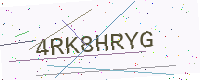
Text: 4RK8HRYG